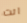
انت